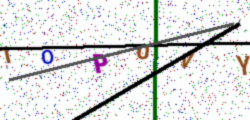
Text: 1OPUVY